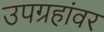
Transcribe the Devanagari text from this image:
उपग्रहांवर